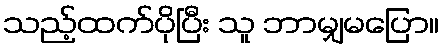
သည့်ထက်ပိုပြီး သူ ဘာမျှမပြော။